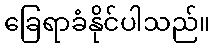
ခြေရာခံနိုင်ပါသည်။